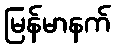
မြန်မာနက်